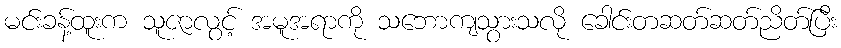
မင်းခန့်ထူးက သူဇာလွင့် အမူအရာကို သဘောကျသွားသလို ခေါင်းတဆတ်ဆတ်ညိတ်ပြီး